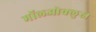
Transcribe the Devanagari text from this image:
मॉलओक्लुस्न